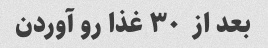
بعد از  ٣٠ غذا رو آوردن